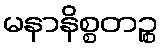
မနာနိစ္စတဉ္စ